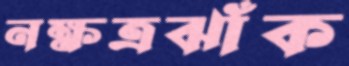
নক্ষত্রঝাঁক